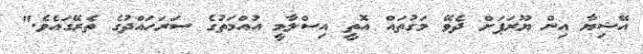
އޭޝިޔާ އިން ޔޫރަޕަށް ދެވޭ މަގުތައް އޮތީ އިސްލާމީ އުއްމަތުގެ ސަރަހައްދުގެ ތެރޭގައެވެ."